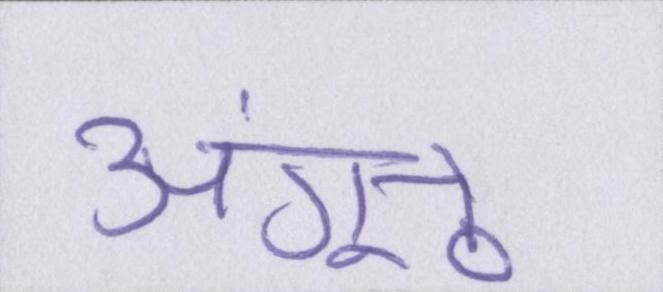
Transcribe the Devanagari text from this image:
अंगूठे